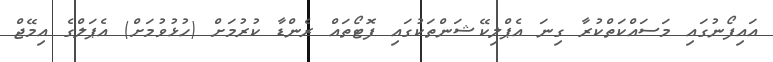
އައިފޯނުގައި މަސައްކަތްކުރާ ގިނަ އެޕްލިކޭޝަންތަކުގައި ފޮޓޯތައް ރެންޑާ ކުރުމަށް (ހުޅުވުމަށް) އެޕަލްގެ އިމޭޖް